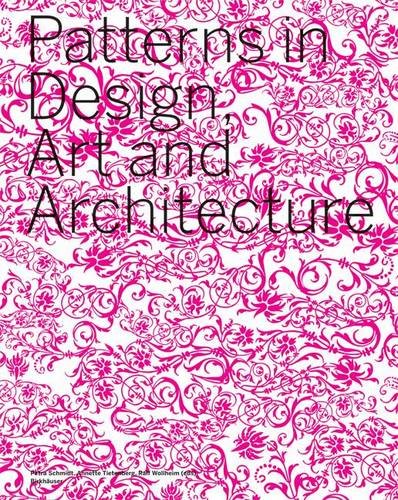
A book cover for Patterns in Design, Art and Architecture; Petra Schmidt; Health, Fitness & Dieting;